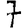
Digit: 7